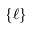
\{ \ell \}